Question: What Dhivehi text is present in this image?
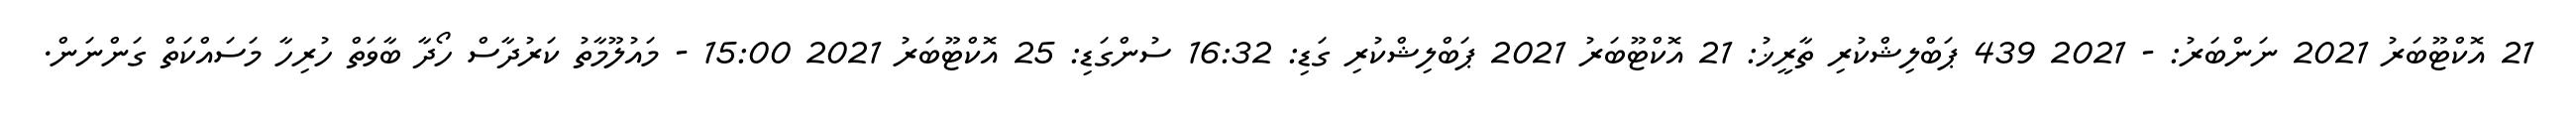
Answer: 21 އޮކްޓޫބަރު 2021 ނަންބަރު: - 2021 439 ޕަބްލިޝްކުރި ތާރީޚު: 21 އޮކްޓޫބަރު 2021 ޕަބްލިޝްކުރި ގަޑި: 16:32 ސުންގަޑި: 25 އޮކްޓޫބަރު 2021 15:00 - މައުލޫމާތު ކަރުދާސް ހޯދާ ބާވަތް ހުރިހާ މަސައްކަތް ގަންނަން.